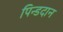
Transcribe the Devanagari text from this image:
पिन्डदान